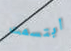
ابتسمت